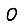
Digit: 0